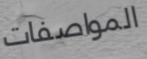
المواصفات